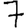
Digit: 7